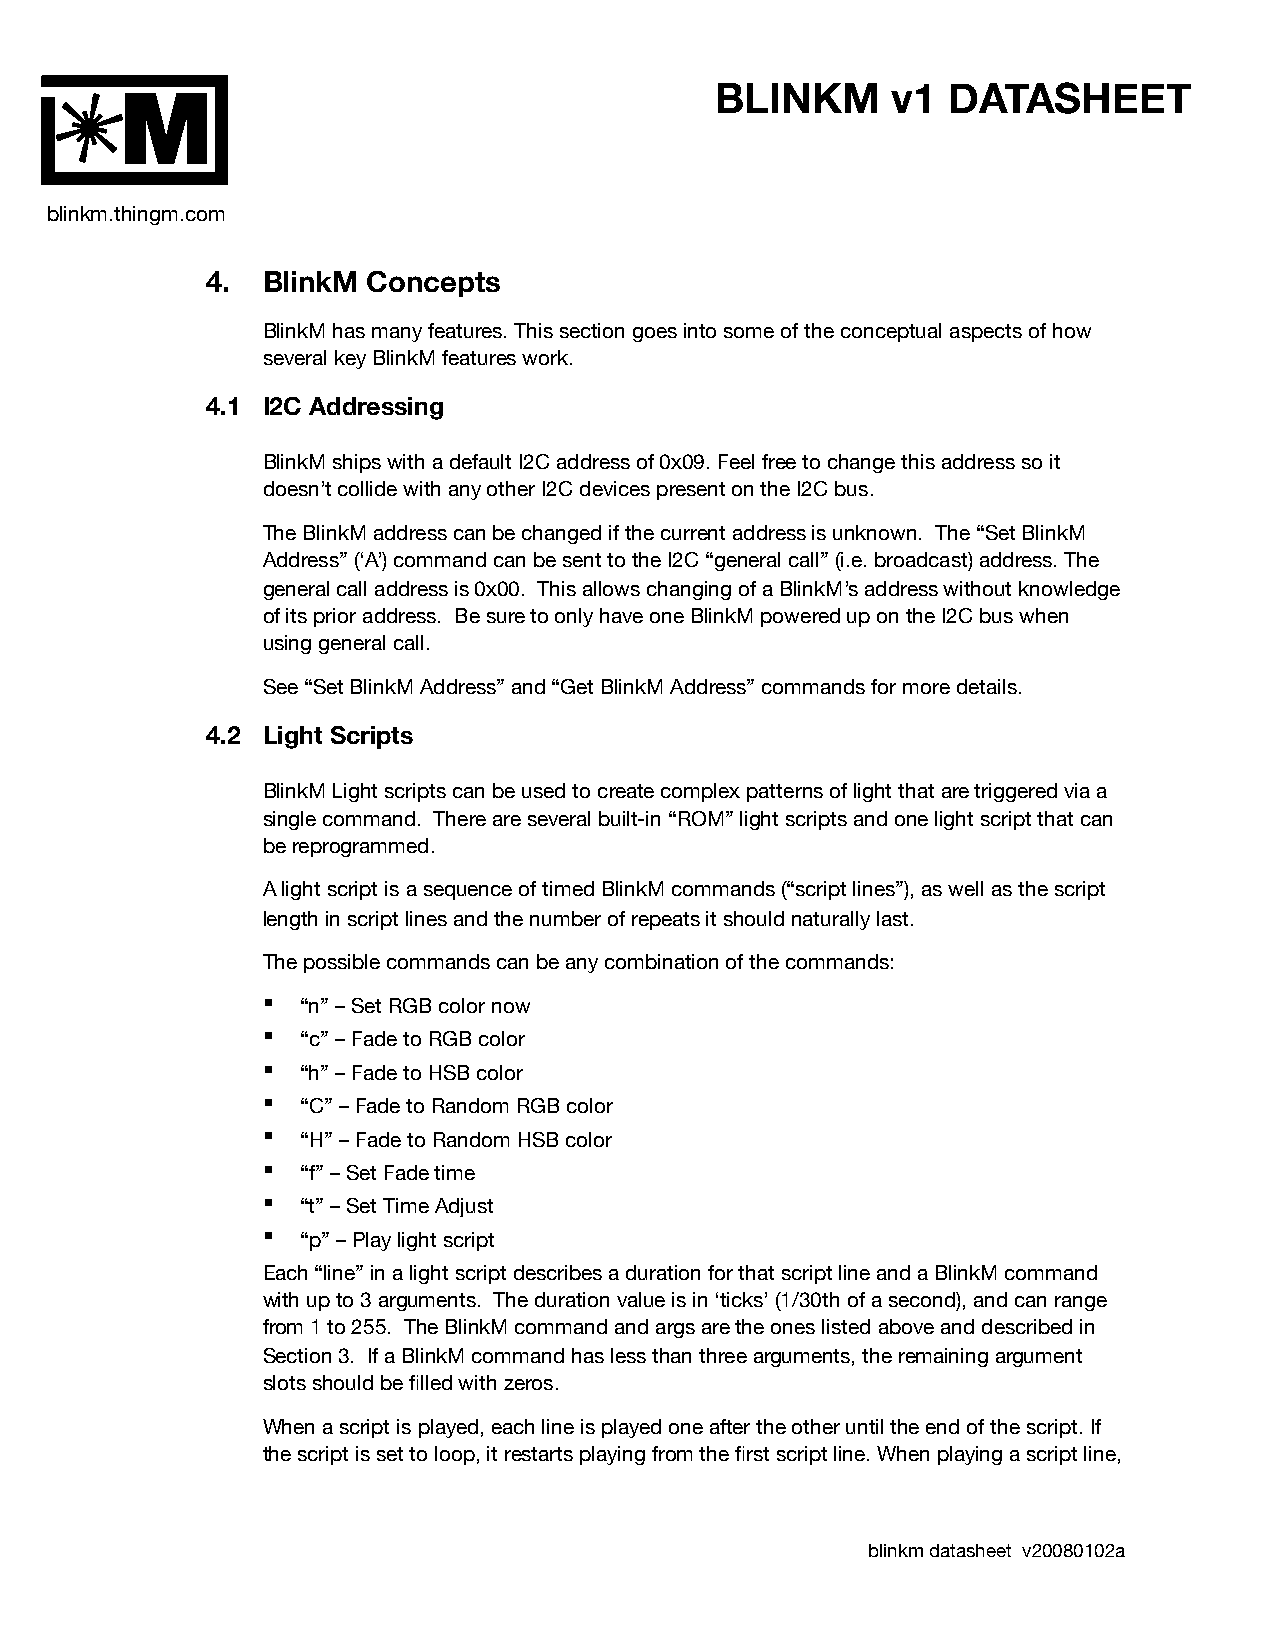
BLINKM      v1  DATASHEET
 M
 blinkm.thingm.com
 4. BlinkM Concepts
 BlinkM has many features. This section goes into some of the conceptual aspects of how
 several key BlinkM features work.
 4.1 I2C Addressing
 BlinkM ships with a default I2C address of 0x09. Feel free to change this address so it
 doesn’t collide with any other I2C devices present on the I2C bus.
 The BlinkM address can be changed if the current address is unknown. The “Set BlinkM
 Address” (‘A’) command can be sent to the I2C “general call” (i.e. broadcast) address. The
 general call address is 0x00. This allows changing of a BlinkM’s address without knowledge
 of its prior address. Be sure to only have one BlinkM powered up on the I2C bus when
 using general call.
 See “Set BlinkM Address” and “Get BlinkM Address” commands for more details.
 4.2 Light Scripts
 BlinkM Light scripts can be used to create complex patterns of light that are triggered via a
 single command. There are several built-in “ROM” light scripts and one light script that can
 be reprogrammed.
 A light script is a sequence of timed BlinkM commands (“script lines”), as well as the script
 length in script lines and the number of repeats it should naturally last.
 The possible commands can be any combination of the commands:
 ■  “n” – Set RGB color now
 ■  “c” – Fade to RGB color
 ■  “h” – Fade to HSB color
 ■  “C” – Fade to Random RGB color
 ■  “H” – Fade to Random HSB color
 ■  “f” – Set Fade time
 ■  “t” – Set Time Adjust
 ■  “p” – Play light script
 Each “line” in a light script describes a duration for that script line and a BlinkM command
 with up to 3 arguments. The duration value is in ‘ticks’ (1/30th of a second), and can range
 from 1 to 255. The BlinkM command and args are the ones listed above and described in
 Section 3. If a BlinkM command has less than three arguments, the remaining argument
 slots should be filled with zeros.
 When a script is played, each line is played one after the other until the end of the script. If
 the script is set to loop, it restarts playing from the first script line. When playing a script line,
 blinkm datasheet v20080102a